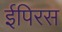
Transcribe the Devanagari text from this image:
ईपिरस